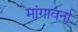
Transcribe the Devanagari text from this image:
मांगावर्ना